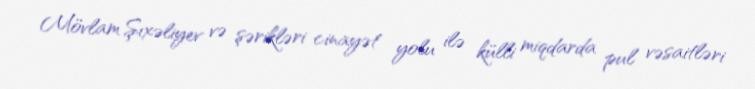
Mövlam Şıxəliyev və şərikləri cinayət yolu ilə külli miqdarda pul vəsaitləri